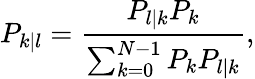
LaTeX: P_{k|l}=\frac{P_{l|k}P_{k}}{\sum_{k=0}^{N-1}P_{k}P_{l|k}},